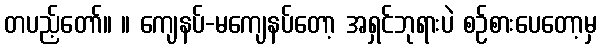
တပည့်တော်။ ။ ကျေနပ်-မကျေနပ်တော့ အရှင်ဘုရားပဲ စဉ်စားပေတော့မှ